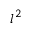
l ^ { 2 }